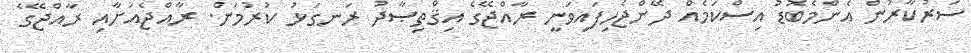
ސަރުކާރުން އެންމެބޮޑު އިސްކަމެއް ދޭންޖެހިފައިވަނީ ރާއްޖޭގެ އިޤްތިޞާދު ރަނގަޅު ކުރުމަށް. ރާއްޖެއަށާއި ރާއްޖޭގެ